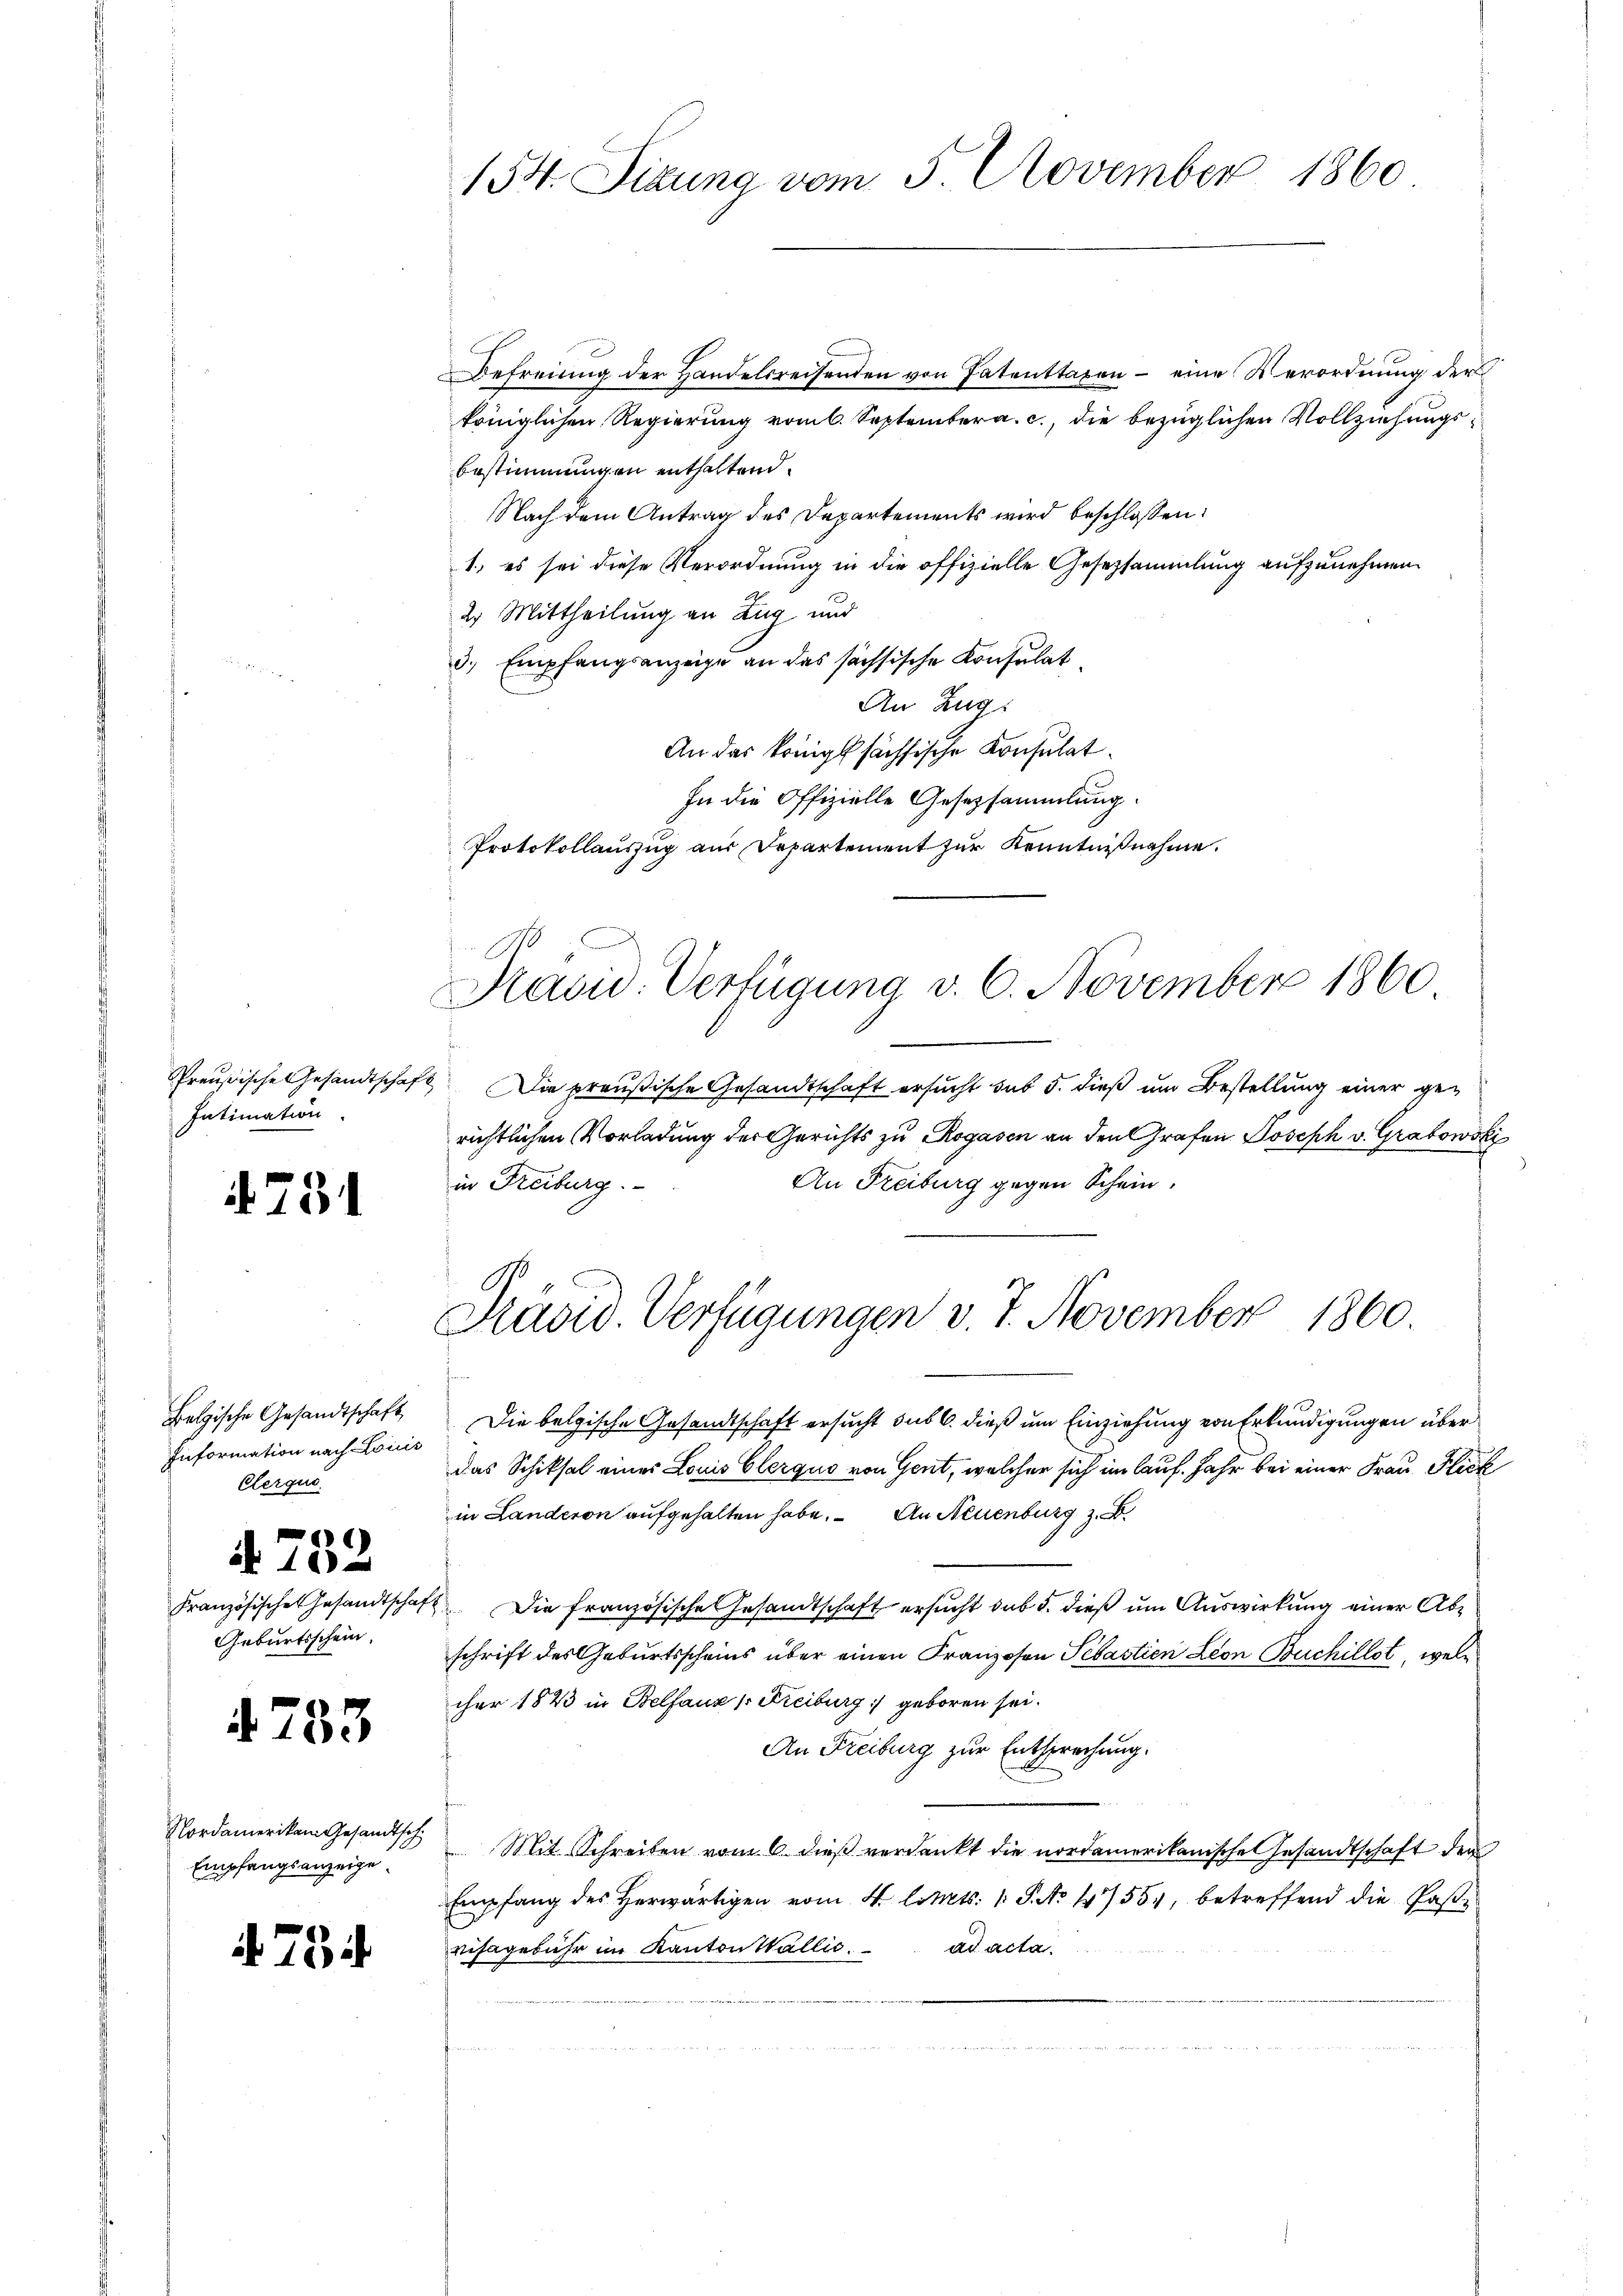
Preußische Gesandtschaf
Intimation

it 731

Bolzische Gesandtschaft
Information nach Louis
Clerquo
4. 752
Französischen Gesandtschaf
Geburtsschein.

4753

Nordamerikam Gesandtsch.
Empfangsanzeige.

i. 76

154. Sizung vom 5 November 1860

Befreiung der Handelsreisenden von Patenttaxen - eine Verordnung der
königlichen Regierung vom 6. September a. c., die bezüglichen Vollziehungs¬
Bestimmungen enthaltend.
Nach dem Antrag des Departements wird beschlossen:
1) es sei diese Verordnung in die offizielle Gesetzsammlung aufzunehmen
2. Mittheilung an Zug und
d. Empfangsanzeige an das sächsische Konsulat
An Zug.
An das königl sächsische Konsulat
In die Offizielle Gesetzsammlung.
Protokollauszug aus Departement zur Kenntnißnahme.
1

Madw. Verfügung v. 6. November 1860

1. Die preußische Gesandtschaft ersucht sub 5. dieß um Bestellung einer gerichtlichen Vorladung der Gerichts zu Rogasen an den Grafen Joseph v. Grabowski
An Freiburg gegen Schein.
in Freiburg.

Präsid. Verfügungen v. 7. November 1860.

Die belgische Gesandtschaft ersucht sub 6. dieß um Einziehung von Erkundigungen über
das Schiksal eines Louis Clerquo von Gent, welcher sich im lauf. Jahr bei einer Frau Flick
in Landeron aufgehalten habe. An Neuenburg z. B.
Die französische Gesandtschaft ersucht sub 5. dieß um Auswirkung einer Abschrift des Geburtsscheins über einen Franzosen Sebastien Leon Buchillet, welcher 1843 in Belfauz /: Freiburg geboren sei.
An Freiburg zur Entsprechung.
Mit Schreiben vom 6 dieß verdankt die nordamerikanische Gesandtschaft der
Empfang des Herwärtigen vom 4. litts. 1 S. No 17554, betreffend die Paßvisagebühr im Kanton Wallić. ad acta.